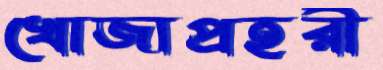
খোজাপ্রহরী